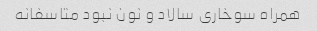
همراه سوخاری سالاد و نون نبود متاسفانه